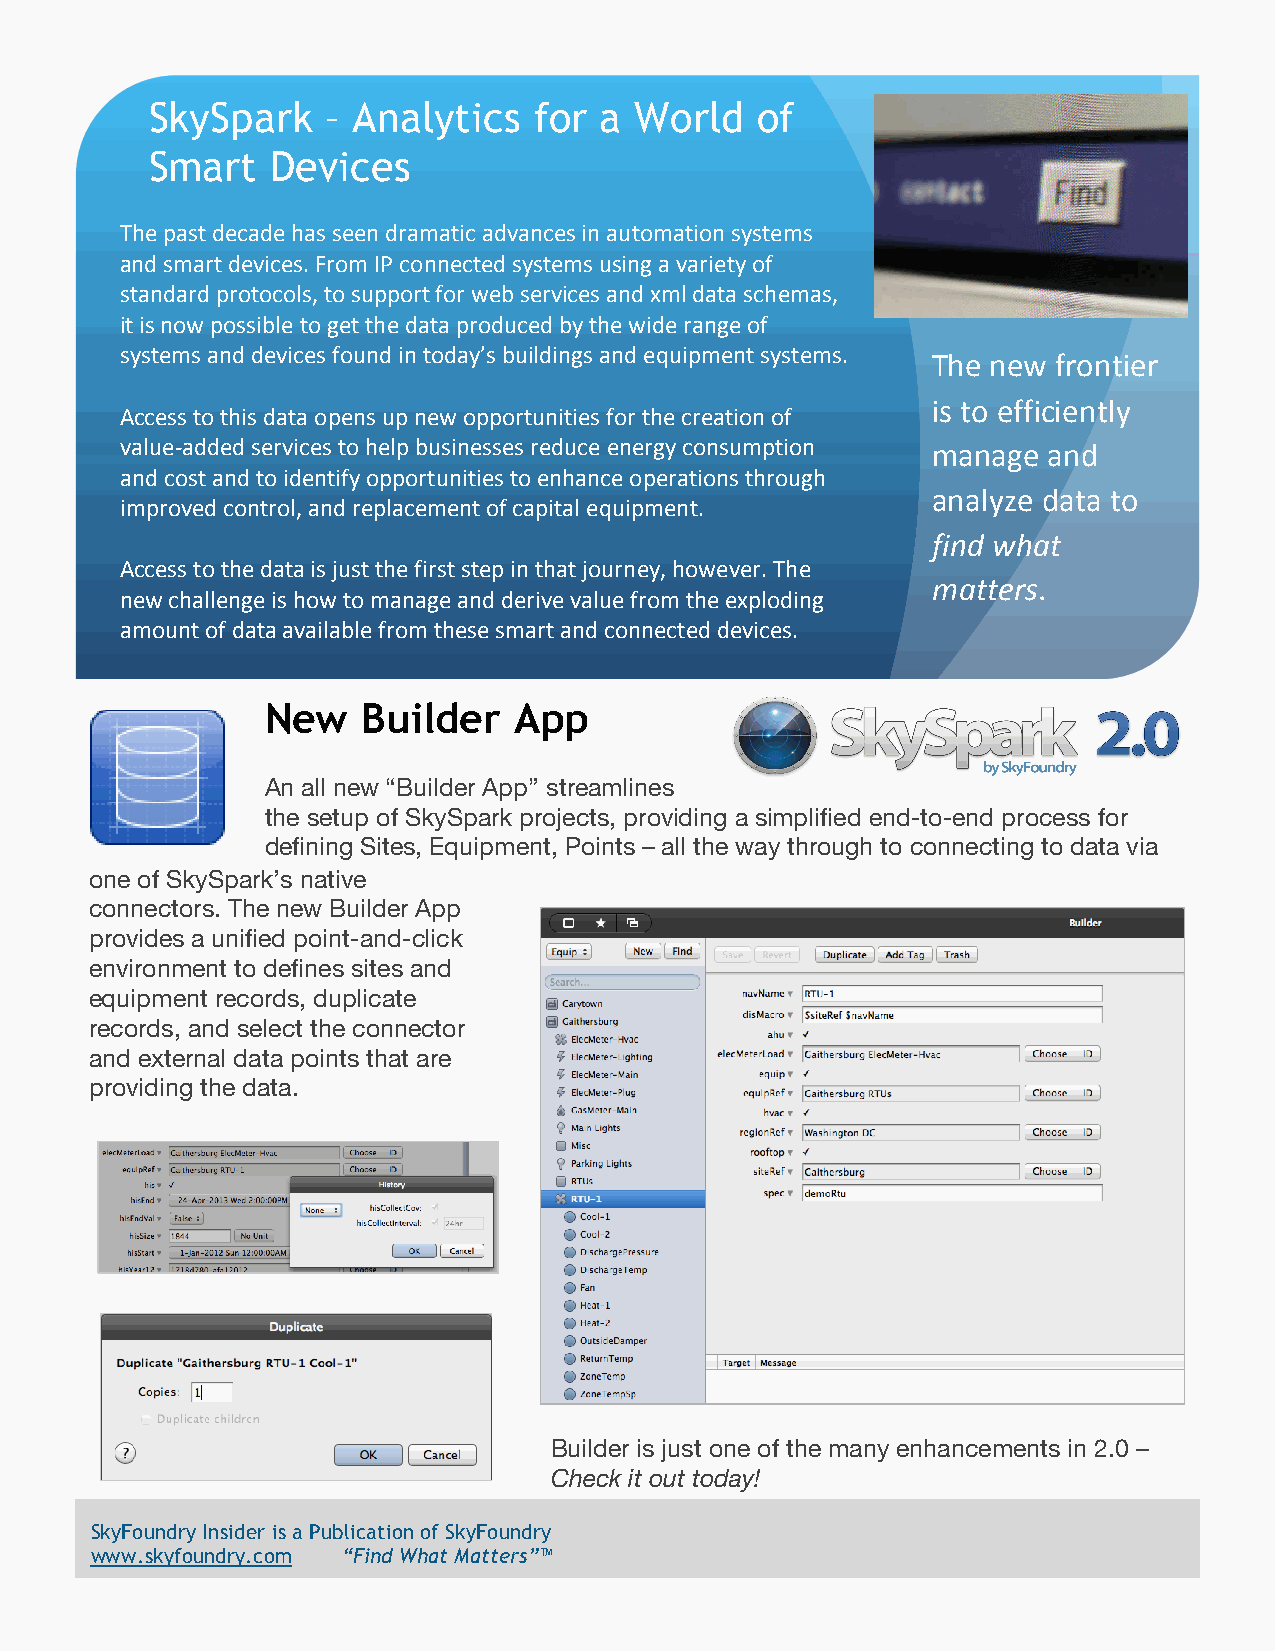
SkySpark    – Analytics  for  a World   of
 Smart   Devices
 The past decade has seen dramatic advances in automation systems
 and smart devices. From IP connected systems using a variety of
 standard protocols, to support for web services and xml data schemas,
 it is now possible to get the data produced by the wide range of
 systems and devices found in today’s buildings and equipment systems.
 The new frontier
 is to efficiently
 Access to this data opens up new opportunities for the creation of
 value-­‐added services to help businesses reduce energy consumption manage and
 and cost and to identify opportunities to enhance operations through
 analyze data to
 improved control, and replacement of capital equipment.
 find what
 Access to the data is just the first step in that journey, however. The
 matters.
 new challenge is how to manage and derive value from the exploding
 amount of data available from these smart and connected devices.
 New   Builder   App
 An all new “Builder App” streamlines
 the setup of SkySpark projects, providing a simplified end-to-end process for
 defining Sites, Equipment, Points – all the way through to connecting to data via
 one of SkySpark’s native
 connectors. The new Builder App
 provides a unified point-and-click
 environment to defines sites and
 equipment records, duplicate
 records, and select the connector
 and external data points that are
 providing the data.
 Builder is just one of the many enhancements in 2.0 –
 Check it out today!
 SkyFoundry Insider is a Publication of SkyFoundry
 www.skyfoundry.com “Find What Matters”™